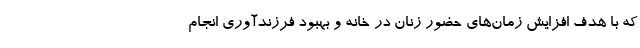
که با هدف افزایش زمان‌های حضور زنان در خانه و بهبود فرزندآوری انجام